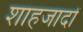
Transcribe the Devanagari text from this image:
शाहजादों